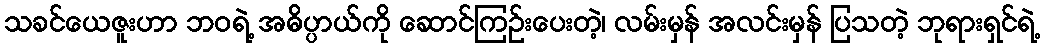
သခင်ယေဇူးဟာ ဘဝရဲ့ အဓိပ္ပာယ်ကို ဆောင်ကြဉ်းပေးတဲ့၊ လမ်းမှန် အလင်းမှန် ပြသတဲ့ ဘုရားရှင်ရဲ့